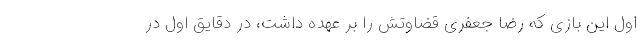
اول این بازی که رضا جعفری قضاوتش را بر عهده داشت، در دقایق اول در